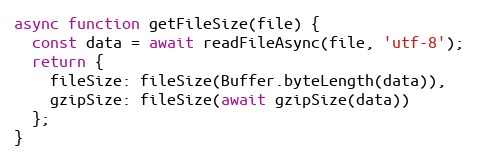
Language: JavaScript
async function getFileSize(file) {
  const data = await readFileAsync(file, 'utf-8');
  return {
    fileSize: fileSize(Buffer.byteLength(data)),
    gzipSize: fileSize(await gzipSize(data))
  };
}